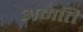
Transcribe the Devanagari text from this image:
अमति